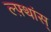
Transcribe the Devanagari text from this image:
ल्फ़्थांस्